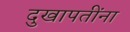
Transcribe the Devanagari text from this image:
दुखापतींना